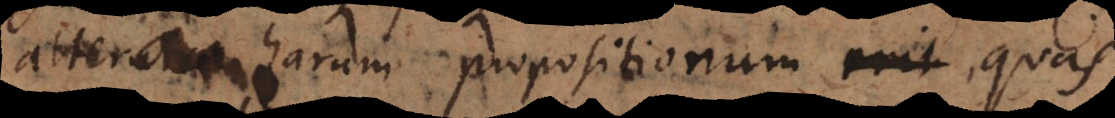
alterutra harum propositionum, quas